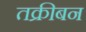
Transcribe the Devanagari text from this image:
तक्रीबन